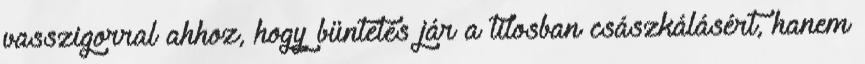
vasszigorral ahhoz, hogy büntetés jár a tilosban császkálásért, hanem